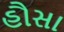
હૌસા